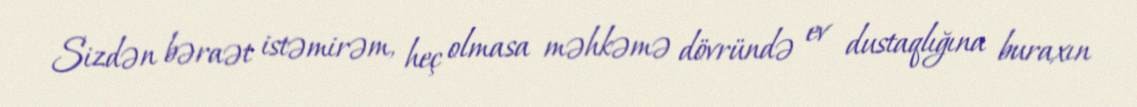
Sizdən bəraət istəmirəm, heç olmasa məhkəmə dövründə ev dustaqlığına buraxın